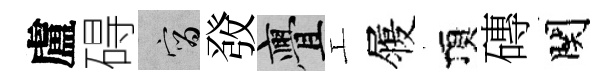
盧碍宵𤼲亹工履頂磚関